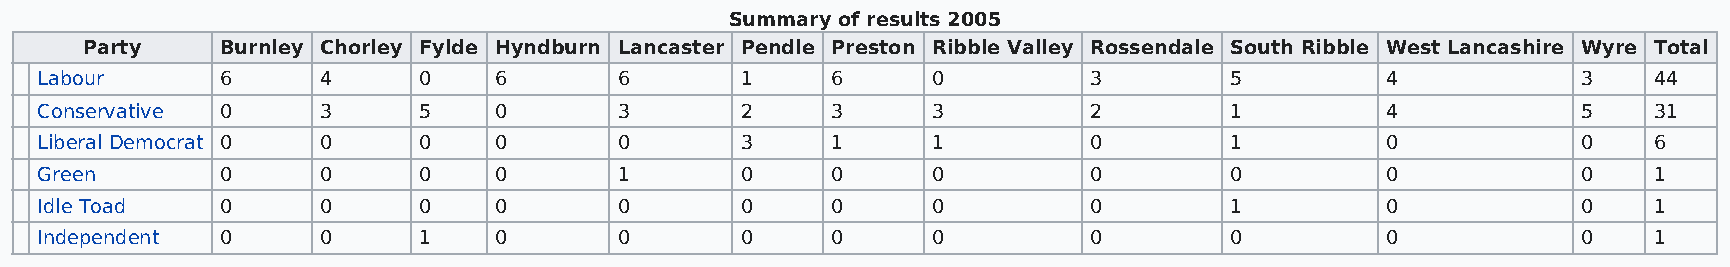
Summary of results 2005
 Party     Burnley Chorley Fylde Hyndburn Lancaster Pendle Preston Ribble Valley Rossendale South Ribble West Lancashire Wyre Total
 Labour       6     4      0    6       6       1     6      0         3        5          4            3   44
 Conservative 0     3      5    0       3       2     3      3         2        1          4            5   31
 Liberal Democrat 0 0      0    0       0       3     1      1         0        1          0            0   6
 Green        0     0      0    0       1       0     0      0         0        0          0            0   1
 Idle Toad    0     0      0    0       0       0     0      0         0        1          0            0   1
 Independent  0     0      1    0       0       0     0      0         0        0          0            0   1